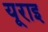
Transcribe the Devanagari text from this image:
यूराइ